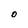
Character: O